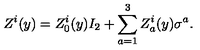
Z ^ { i } ( y ) = Z _ { 0 } ^ { i } ( y ) I _ { 2 } + \sum _ { a = 1 } ^ { 3 } Z _ { a } ^ { i } ( y ) \sigma ^ { a } .